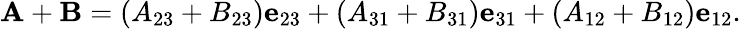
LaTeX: \mathbf{A}+\mathbf{B}=(A_{23}+B_{23})\mathbf{e}_{23}+(A_{31}+B_{31})\mathbf{e}_{31}+(A_{12}+B_{12})\mathbf{e}_{12}.